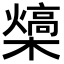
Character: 𪴍